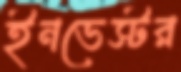
ইনভেস্টর